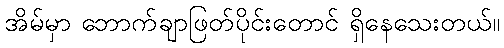
အိမ်မှာ ဘောက်ချာဖြတ်ပိုင်းတောင် ရှိနေသေးတယ်။